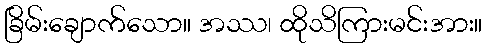
ခြိမ်းချောက်သော။ အဿ၊ ထိုသိကြားမင်းအား။